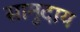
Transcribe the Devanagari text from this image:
सामुदाय